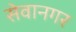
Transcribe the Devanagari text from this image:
सेवानगर